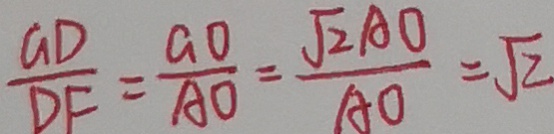
\frac { G D } { D E } = \frac { G O } { A O } = \frac { \sqrt { 2 } A O } { A O } = \sqrt { 2 }